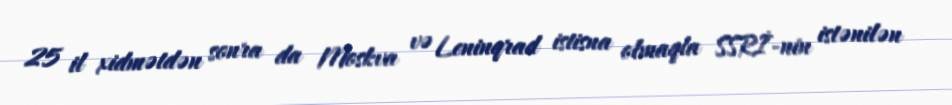
25 il xidmətdən sonra da Moskva və Leninqrad istisna olmaqla SSRİ-nin istənilən